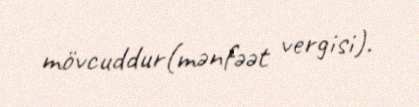
mövcuddur(mənfəət vergisi).